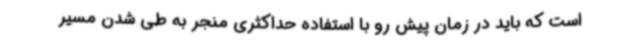
است که باید در زمان پیش رو با استفاده حداکثری منجر به طی شدن مسیر